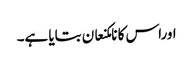
اوراس کا نامکنعان بتایا ہے۔